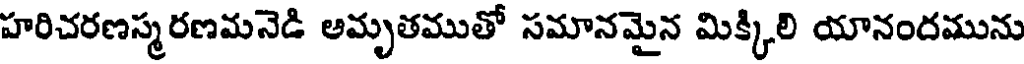
హరిచరణస్మరణమనెడి అమృతముతో సమానమైన మిక్కిలి యానందమును